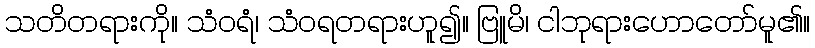
သတိတရားကို။ သံဝရံ၊ သံဝရတရားဟူ၍။ ဗြူမိ၊ ငါဘုရားဟောတော်မူ၏။